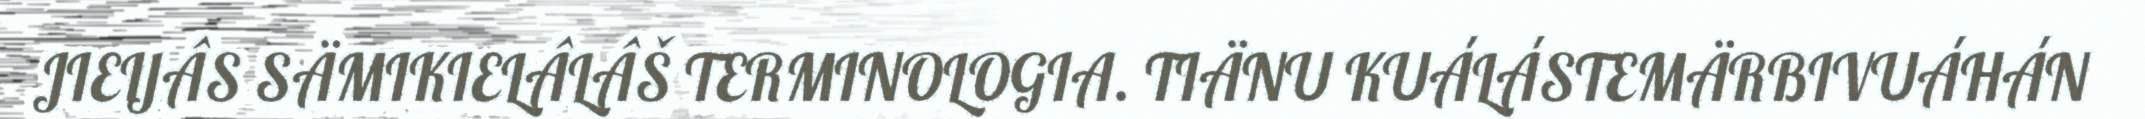
JIEIJÂS SÄMIKIELÂLÂŠ TERMINOLOGIA. TIÄNU KUÁLÁSTEMÄRBIVUÁHÁN